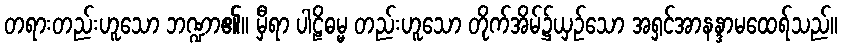
တရားတည်းဟူသော ဘဏ္ဍာ၏။ မှီရာ ပါဠိဓမ္မ တည်းဟူသော တိုက်အိမ်၌ယှဉ်သော အရှင်အာနန္ဒာမထေရ်သည်။